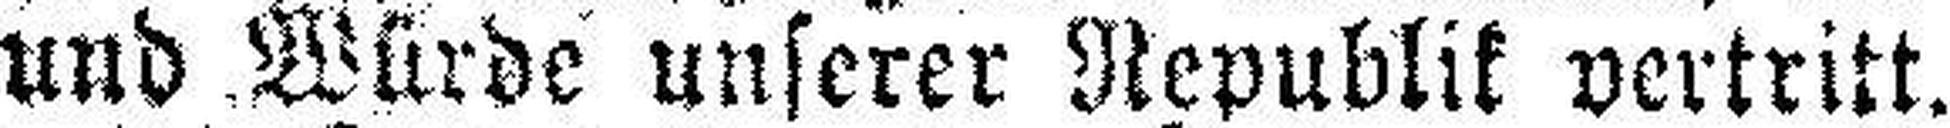
und Würde unserer Republik vertritt.